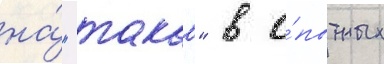
на́ "такао" в о́пытных